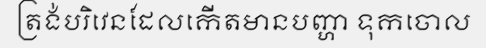
ត្រង់បរិវេនដែលកើតមានបញ្ហា ទុកចោល